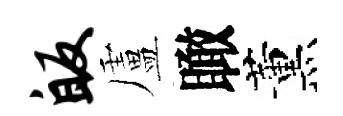
皈盧瞰薰